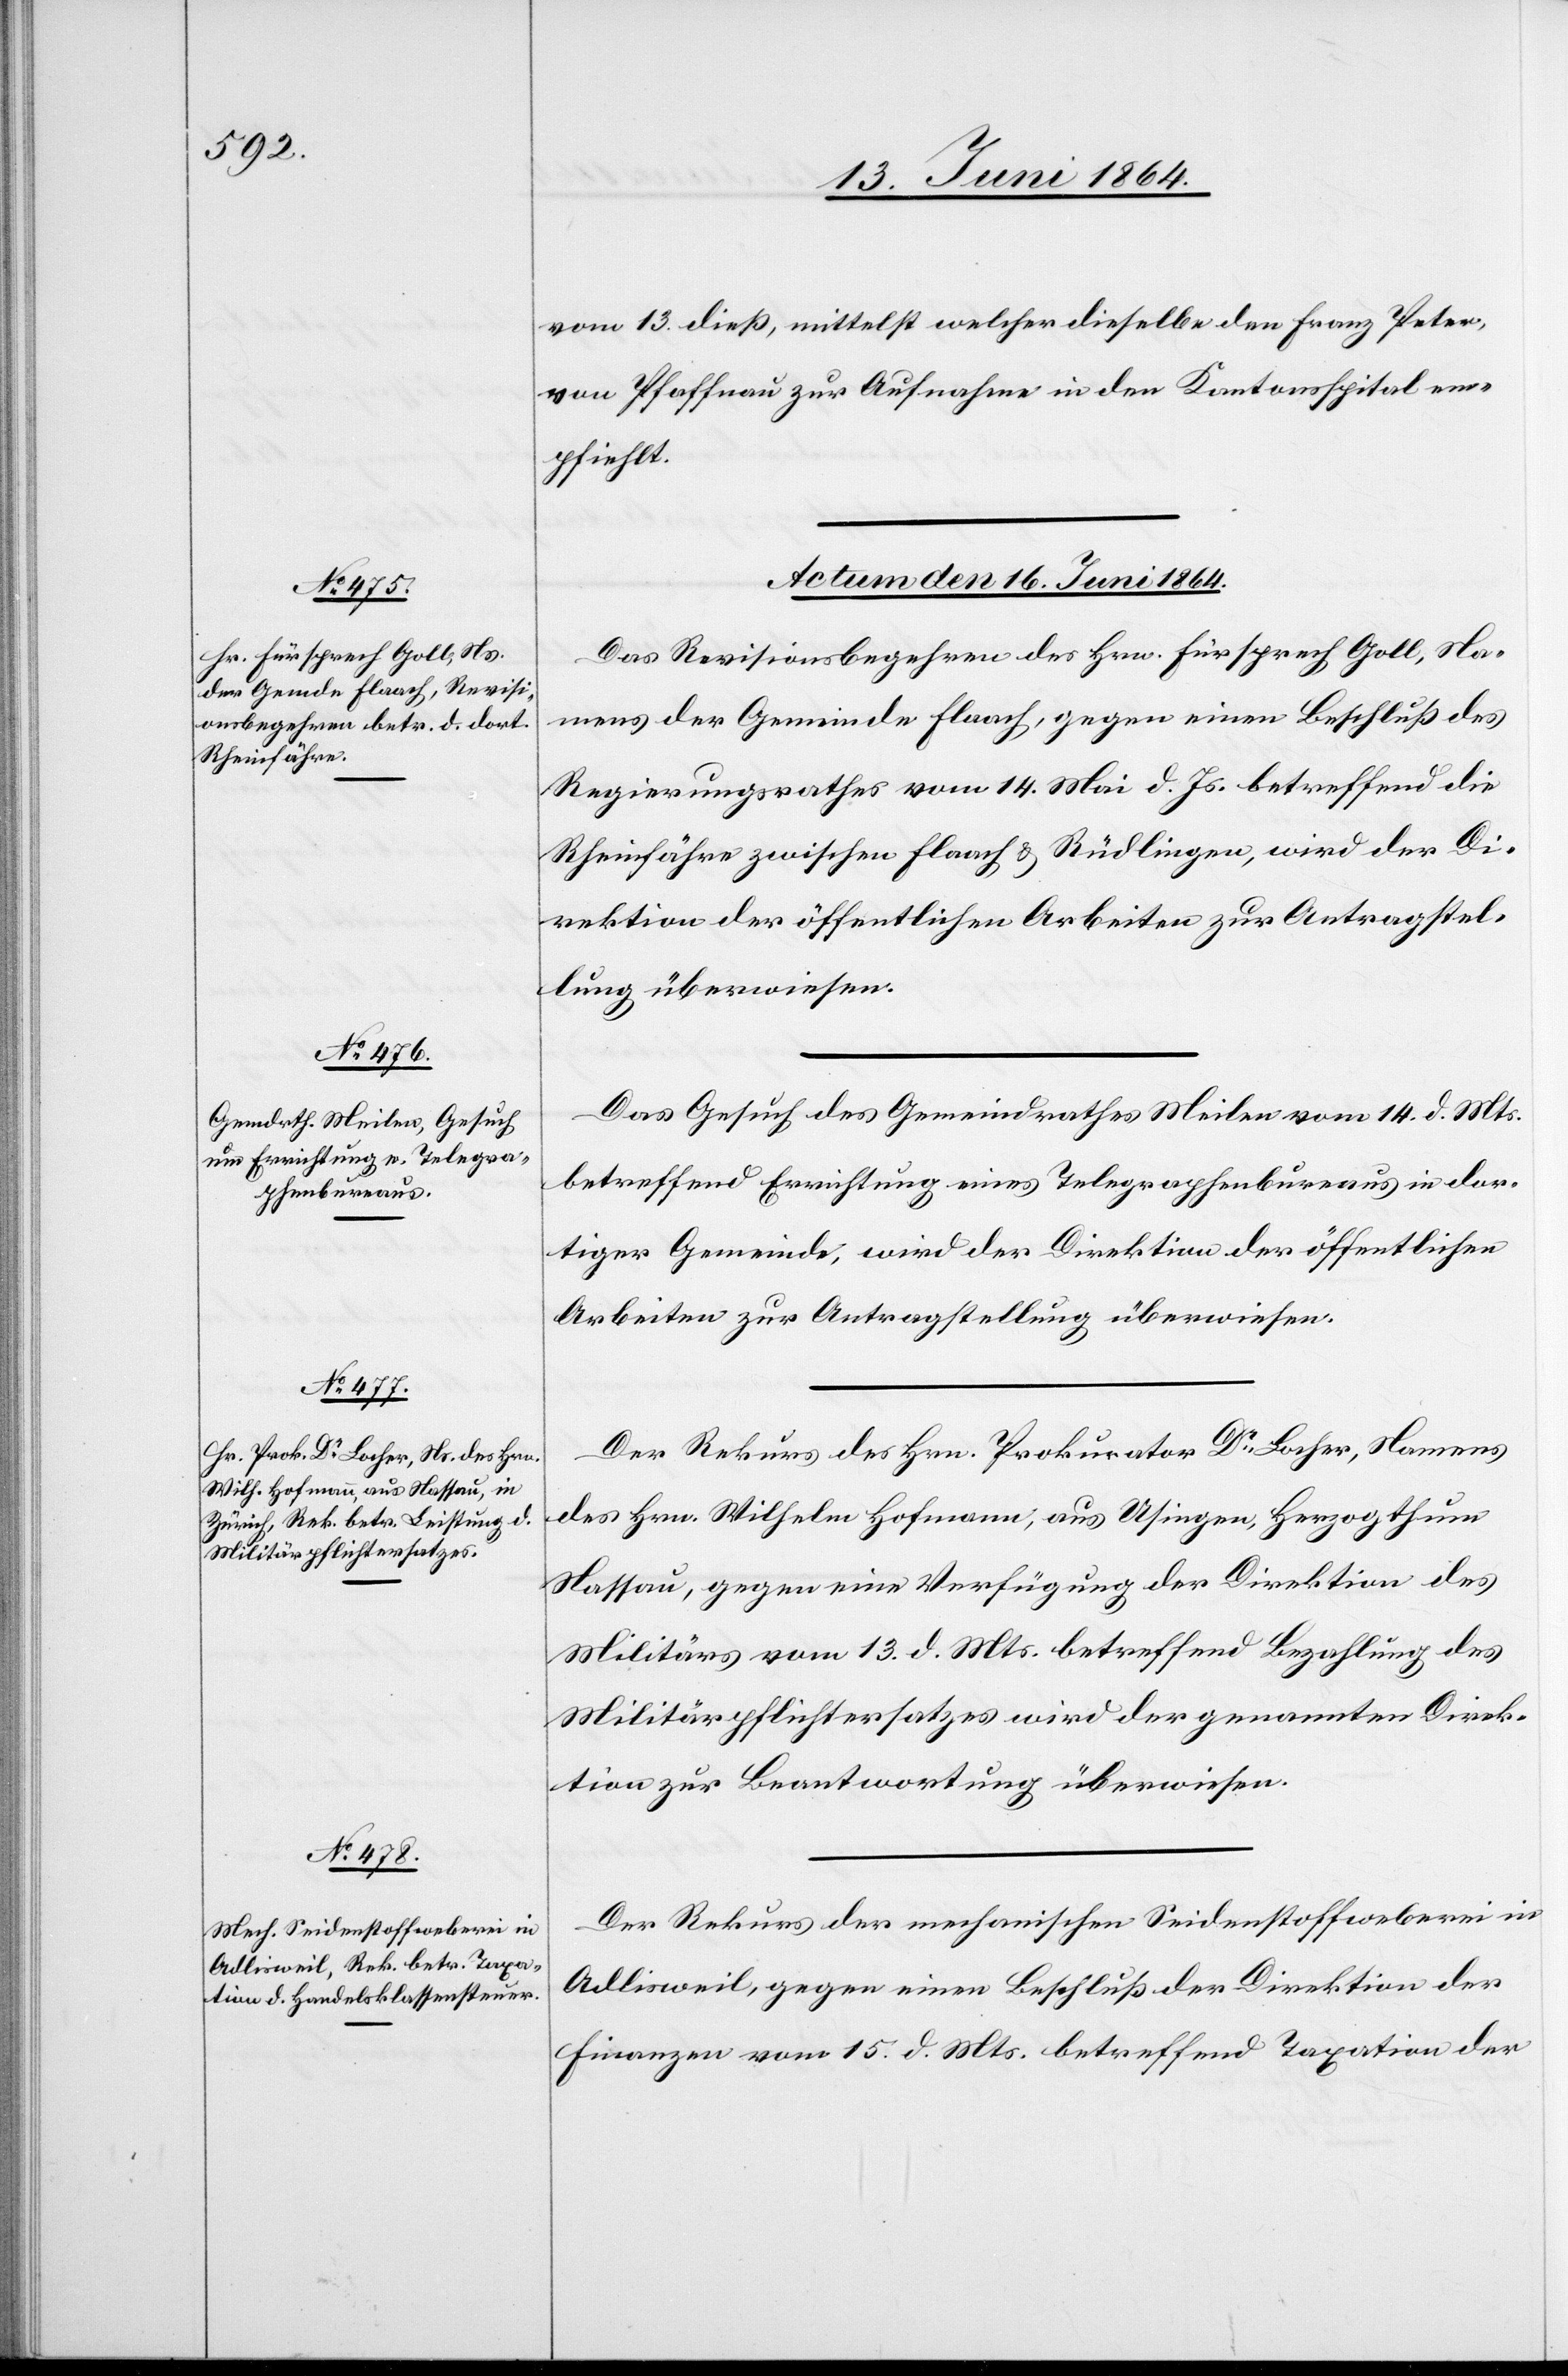
vom 13. dieß, mittelst welcher dieselbe den Franz Peter
von Pfaffnau zur Aufnahme in den Kantonsspital em¬
pfiehlt.
Actum den 16. Juni 1864.]
Das Revisionsbegehren des Hrn. Fürsprech Goll, Na¬
mens der Gemeinde Flaach, gegen einen Beschluß des
Regierungsrathes vom 14. Mai d. Js. betreffend die
Rheinfähre zwischen Flaach u. Rüdlingen, wird der Di¬
rektion der öffentlichen Arbeiten zur Antragstel¬
lung überwiesen.
Das Gesuch des Gemeindrathes Meilen vom 14. d. Mts.
betreffend Errichtung eines Telegraphenbureaus in dor¬
tiger Gemeinde, wird der Direktion der öffentlichen
Arbeiten zur Antragstellung überwiesen.
Der Rekurs des Hrn. Prokurator Dr Locher, Namens
des Hrn. Wilhelm Hofmann, aus Usingen, Herzogthum
Nassau, gegen eine Verfügung der Direktion des
Militärs vom 13. d. Mts. betreffend Bezahlung des
Militärpflichtersatzes wird der genannten Direk¬
tion zur Beantwortung überwiesen.
Der Rekurs der mechanischen Seidenstoffweberei in
Adlisweil, gegen einen Beschluß der Direktion der
Finanzen vom 15. d. Mts. betreffend Taxation der